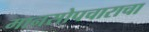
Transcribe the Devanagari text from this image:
मानसोपचाराचा